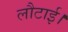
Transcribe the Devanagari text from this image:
लौटाई।